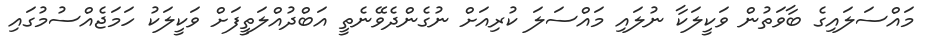
މައްސަލައިގެ ބާވަތުން ވަކީލަކާ ނުލައި މައްސަލަ ކުރިއަށް ނުގެންދެވޭނެތީ އަބްދުއްލަތީފަށް ވަކީލަކު ހަމަޖެއްސުމުގައި